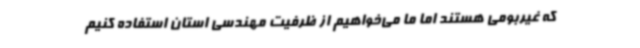
که غیربومی هستند اما ما می‌خواهیم از ظرفیت مهندسی استان استفاده کنیم